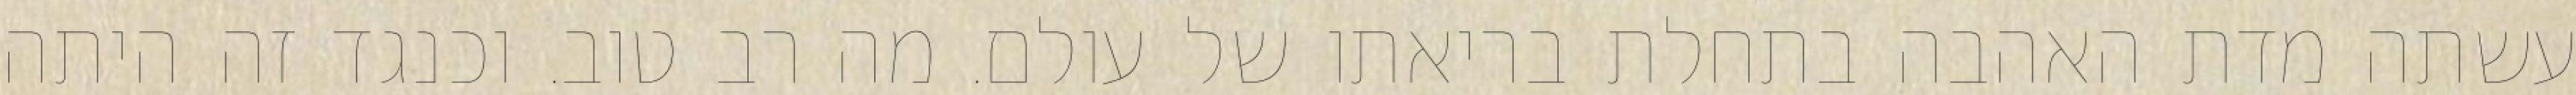
עשתה מדת האהבה בתחלת בריאתו של עולם. מה רב טוב. וכנגד זה היתה